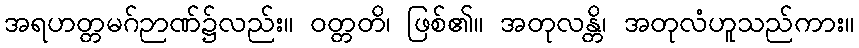
အရဟတ္တမဂ်ဉာဏ်၌လည်း။ ဝတ္တတိ၊ ဖြစ်၏။ အတုလန္တိ၊ အတုလံဟူသည်ကား။